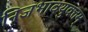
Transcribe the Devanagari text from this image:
निजभावयुक्तम्